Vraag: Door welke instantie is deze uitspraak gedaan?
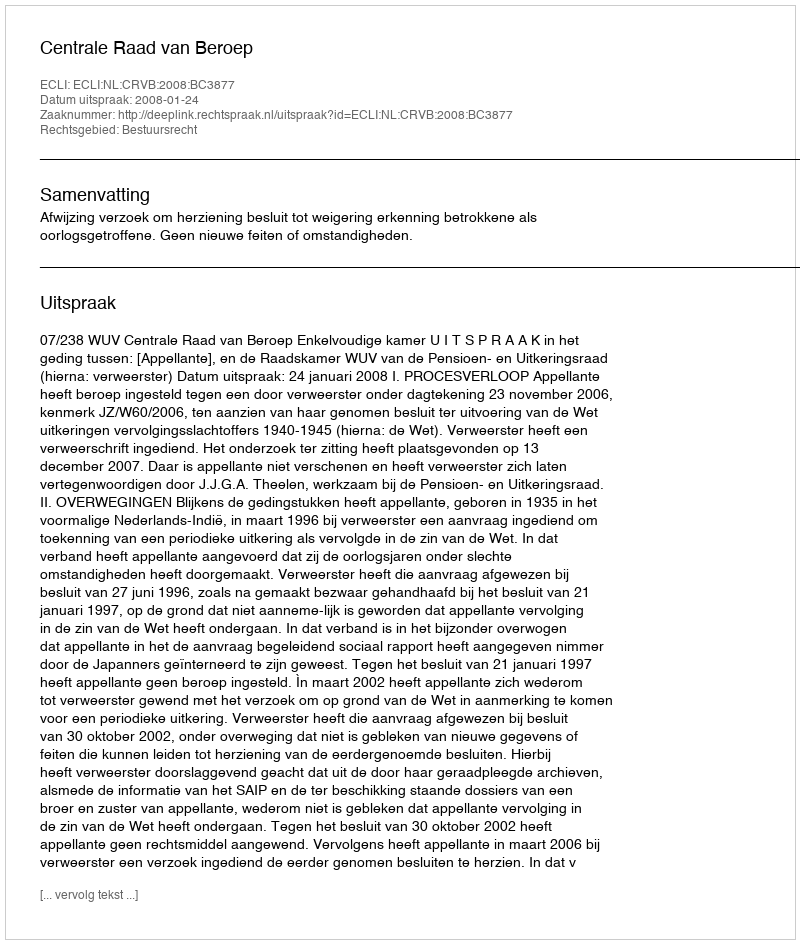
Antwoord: Centrale Raad van Beroep